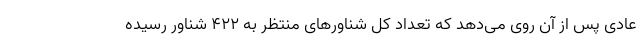
عادی پس از آن روی می‌دهد که تعداد کل شناورهای منتظر به ۴۲۲ شناور رسیده